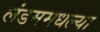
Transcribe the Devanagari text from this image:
लंडममधल्या